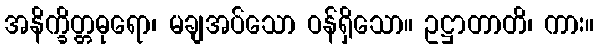
အနိက္ခိတ္တဓုရော၊ မချအပ်သော ဝန်ရှိသော။ ဥဋ္ဌာတာတိ၊ ကား။